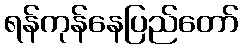
ရန်ကုန်နေပြည်တော်